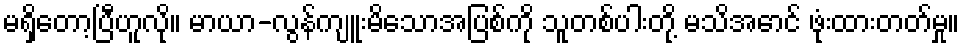
မရှိတော့ပြီဟူလို။ မာယာ-လွန်ကျူးမိသောအပြစ်ကို သူတစ်ပါးတို့ မသိအောင် ဖုံးထားတတ်မှု။